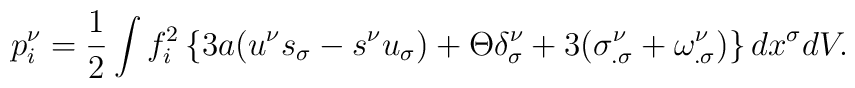
p_{i}^{\nu }=\frac{1}{2}\int f_{i}^{2}\left\{ 3a(u^{\nu }s_{\sigma }-s^{\nu}u_{\sigma })+\Theta \delta _{\sigma }^{\nu }+3(\sigma _{.\sigma }^{\nu}+\omega _{.\sigma }^{\nu })\right\} dx^{\sigma }dV.